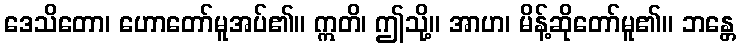
ဒေသိတော၊ ဟောတော်မူအပ်၏။ ဣတိ၊ ဤသို့။ အာဟ၊ မိန့်ဆိုတော်မူ၏။ ဘန္တေ